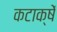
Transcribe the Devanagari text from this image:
कटाक्षें